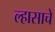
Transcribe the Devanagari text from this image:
ल्हासाचे